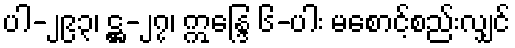
ပါ-၂၉၃၊ ဋ္ဌ-၂၇၊ ဣန္ဒြေ ၆-ပါး မစောင့်စည်းလျှင်